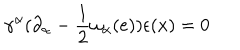
\gamma ^ { \alpha } ( \partial _ { \alpha } - \frac { 1 } { 2 } \omega _ { \alpha } ( e ) ) \epsilon ( x ) = 0